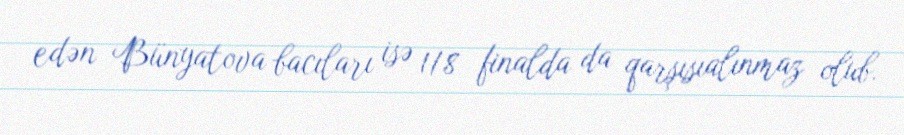
edən Bünyatova bacıları isə 1/8 finalda da qarşısıalınmaz olub.